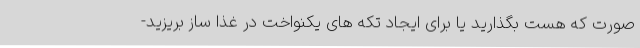
صورت که هست بگذارید یا برای ایجاد تکه های یکنواخت در غذا ساز بریزید-